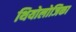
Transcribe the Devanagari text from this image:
थियोलोजिका